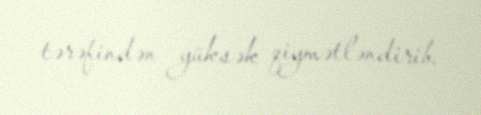
tərəfindən yüksək qiymətləndirib.